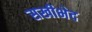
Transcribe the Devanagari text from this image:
सखीभेद